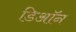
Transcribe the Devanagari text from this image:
डिऑन